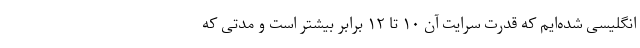
انگلیسی شده‌ایم که قدرت سرایت آن ۱۰ تا ۱۲ برابر بیشتر است و مدتی که